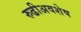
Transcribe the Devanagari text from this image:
रुढीअवशेष